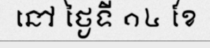
នៅ ថ្ងៃទី ១៤ ខែ